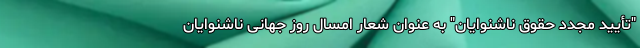
"تأیید مجدد حقوق ناشنوایان" به عنوان شعار امسال روز جهانی ناشنوایان